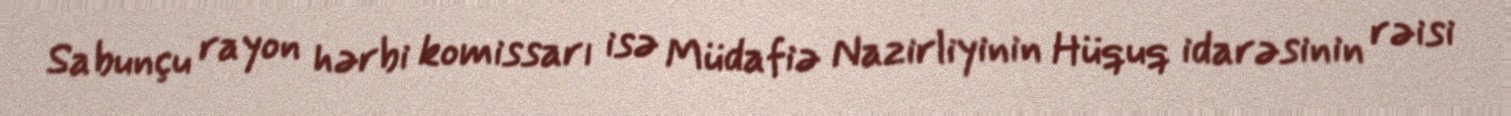
Sabunçu rayon hərbi komissarı isə Müdafiə Nazirliyinin Hüquq idarəsinin rəisi